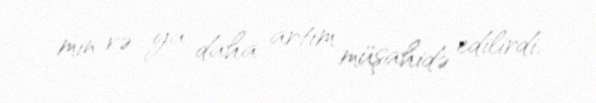
min və ya daha artım müşahidə edilirdi.